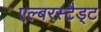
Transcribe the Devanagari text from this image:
एल्बरस्टैड्ट